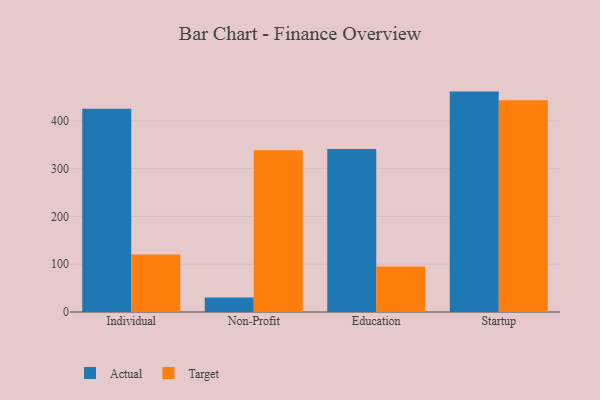
{"axis": {"x": "Segment", "y": "Bounce Rate (%)"}, "legend": ["Actual", "Target"], "data": [{"x": "Individual", "y": 425.3, "type": "Actual"}, {"x": "Individual", "y": 120.2, "type": "Target"}, {"x": "Non-Profit", "y": 30.3, "type": "Actual"}, {"x": "Non-Profit", "y": 338.7, "type": "Target"}, {"x": "Education", "y": 341.0, "type": "Actual"}, {"x": "Education", "y": 95.0, "type": "Target"}, {"x": "Startup", "y": 461.2, "type": "Actual"}, {"x": "Startup", "y": 442.9, "type": "Target"}]}